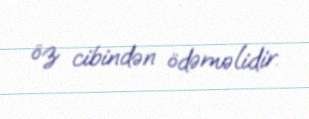
öz cibindən ödəməlidir.